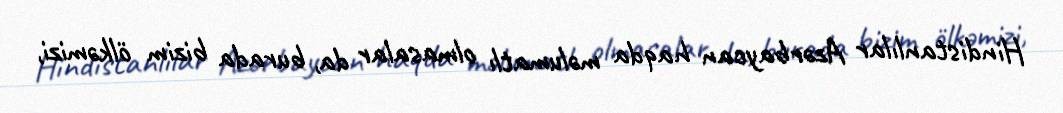
Hindistanlılar Azərbaycan haqda məlumatlı olmasalar da, burada bizim ölkəmizi,